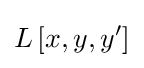
L\left[x,y,y'\right]